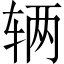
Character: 辆